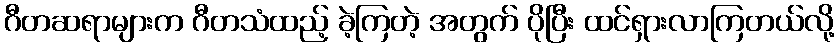
ဂီတဆရာများက ဂီတသံထည့် ခဲ့ကြတဲ့ အတွက် ပိုပြီး ထင်ရှားလာကြတယ်လို့